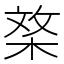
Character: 𣓰